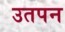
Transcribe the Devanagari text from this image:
उतपन